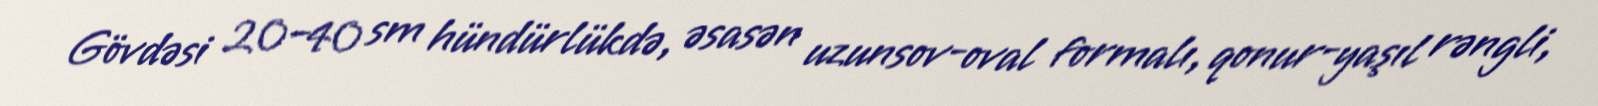
Gövdəsi 20–40 sm hündürlükdə, əsasən uzunsov-oval formalı, qonur-yaşıl rəngli,